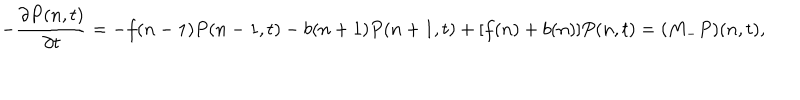
- \frac { \partial P ( n , t ) } { \partial t } = - f ( n - 1 ) P ( n - 1 , t ) - b ( n + 1 ) P ( n + 1 , t ) + [ f ( n ) + b ( n ) ] P ( n , t ) = ( M _ { - } P ) ( n , t ) ,